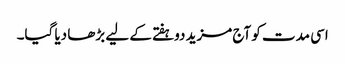
اسی مدت کو آج مزید دوہفتے کے لیے بڑھا دیا گیا۔